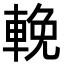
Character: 輓